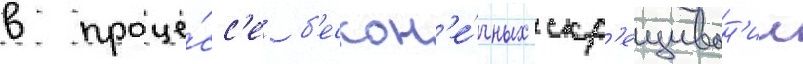
в проце́сс'е б'ескон'е́чных скр'ещиван'ии